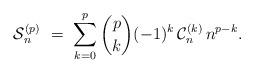
LaTeX: \begin{align*}\mathcal{S}_n^{(p)} \ = \ \sum_{k=0}^{p} \binom{p}{k} (-1)^k \, \mathcal{C}_n^{(k)} \, n^{p-k}.\end{align*}